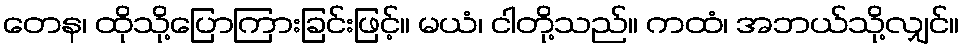
တေန၊ ထိုသို့ပြောကြားခြင်းဖြင့်။ မယံ၊ ငါတို့သည်။ ကထံ၊ အဘယ်သို့လျှင်။